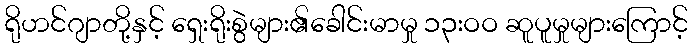
ရိုဟင်ဂျာတို့နှင့် ရှေးရိုးစွဲများ၏ခေါင်းမာမှု ၁၃းဝဝ ဆူပူမှုများကြောင့်